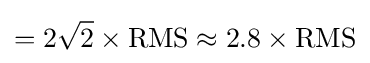
=2{\sqrt {2}}\times {\text{RMS}}\approx 2.8\times {\text{RMS}}